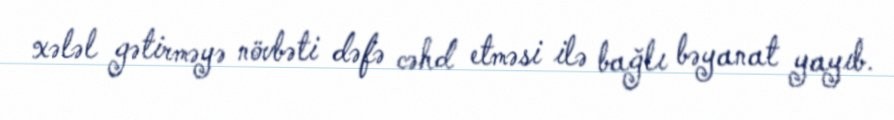
xələl gətirməyə növbəti dəfə cəhd etməsi ilə bağlı bəyanat yayıb.